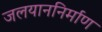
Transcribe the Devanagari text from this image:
जलयाननिर्माण